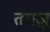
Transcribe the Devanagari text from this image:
तराज़ू़